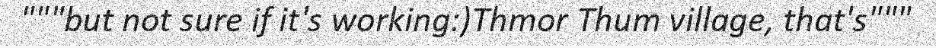
"""but not sure if it's working:)Thmor Thum village, that's"""